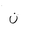
Letter: _non